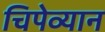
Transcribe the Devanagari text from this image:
चिपेव्यान